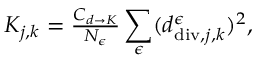
\begin{array} { r } { K _ { j , \boldsymbol { k } } = \frac { C _ { d \rightarrow K } } { N _ { \epsilon } } \displaystyle \sum _ { \epsilon } ( d _ { \mathrm { d i v } , j , \boldsymbol { k } } ^ { \epsilon } ) ^ { 2 } , } \end{array}